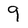
Character: 9